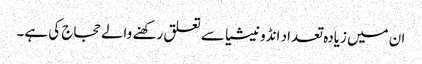
ان میں زیادہ تعداد انڈونیشیا سے تعلق رکھنے والے حجاج کی ہے۔